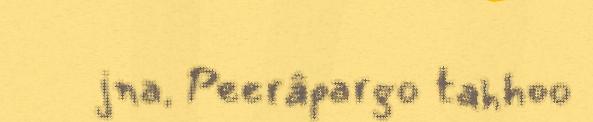
jna. Peerâpargo tahhoo